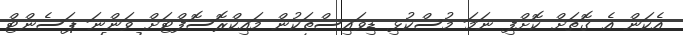
އެކަން އެ ގޮތަށް ކޮށްފި ނަމަ މުސްކުޅި ޑިވައިސްތަކުން މައިކްރޮސޮފްޓަށް ވަންނަ ޕަސެންޓް